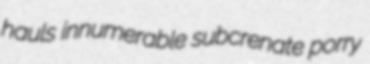
hauls innumerable subcrenate porry